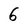
Character: 6